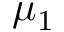
\mu _ { 1 }